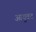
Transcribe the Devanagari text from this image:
आयुवद